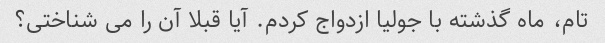
تام، ماه گذشته با جولیا ازدواج کردم. آیا قبلا آن را می شناختی؟